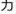
力